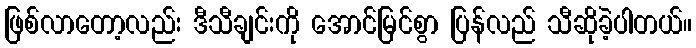
ဖြစ်လာတော့လည်း ဒီသီချင်းကို အောင်မြင်စွာ ပြန်လည် သီဆိုခဲ့ပါတယ်။